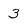
Character: 3